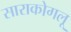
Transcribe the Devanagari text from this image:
साराकोगलू